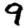
Digit: 9